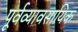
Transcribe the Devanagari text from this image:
पूर्वव्यावसायिक